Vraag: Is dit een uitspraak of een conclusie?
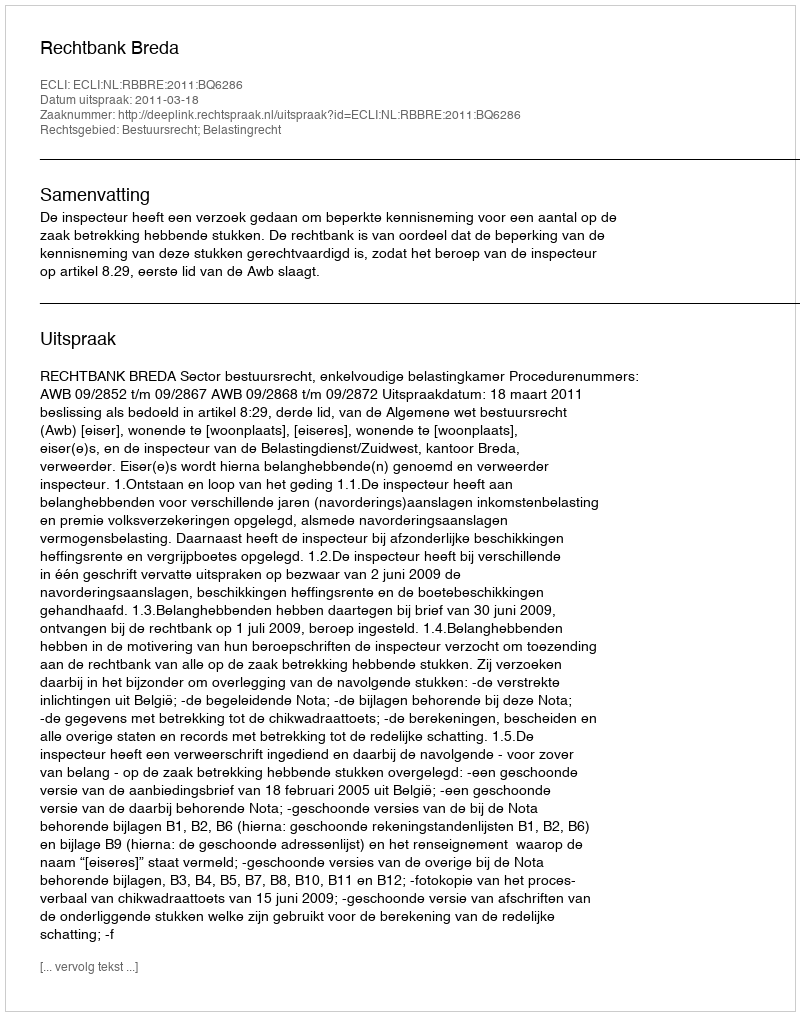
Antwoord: Uitspraak